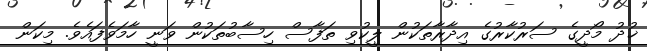
ޚުދު މޯދީގެ ސަރުކާރުގެ އިދާރާތަކުން ލީކުވި ތަފާސް ހިސާބުތަކުން ވަނީ ހާމަވެފައެވެ. މިކަން